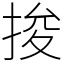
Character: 捘